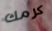
كرمك